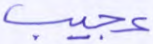
عجيب